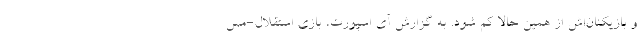
و بازیکنان‌اش از همین حالا کم شود. به گزارش آی اسپورت، بازی استقلال-مس